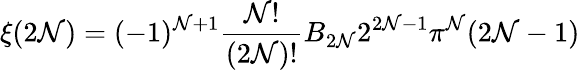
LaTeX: \xi(2\mathcal{N})=(-1)^{\mathcal{N}+1}{\frac{{\mathcal{N}!}}{{(2\mathcal{N})!}}}B_{2\mathcal{N}}2^{2\mathcal{N}-1}\pi^{\mathcal{N}}(2\mathcal{N}-1)